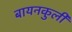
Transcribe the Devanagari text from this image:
बायनकुली